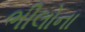
ભીલોના